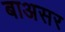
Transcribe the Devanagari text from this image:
बाअसर